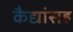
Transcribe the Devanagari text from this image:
कैद्यांसह